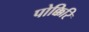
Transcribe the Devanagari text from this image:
पोक्किरि